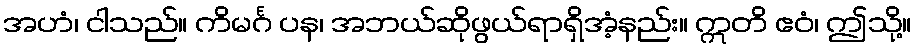
အဟံ၊ ငါသည်။ ကိမင်္ဂ ပန၊ အဘယ်ဆိုဖွယ်ရာရှိအံ့နည်း။ ဣတိ ဧဝံ၊ ဤသို့။